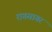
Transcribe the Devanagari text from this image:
रागसागर